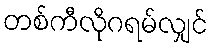
တစ်ကီလိုဂရမ်လျှင်